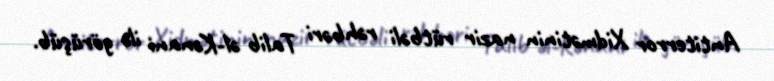
Antiterror Xidmətinin nazir rütbəli rəhbəri Talib əl-Kənani ilə görüşüb.